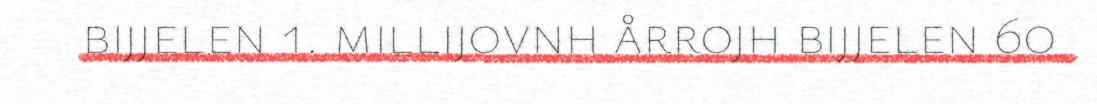
bijjelen 1. millijovnh årrojh bijjelen 60